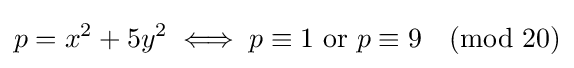
p=x^{2}+5y^{2}\iff p\equiv 1{\mbox{ or }}p\equiv 9{\pmod {20}}